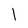
Character: 1